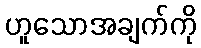
ဟူသောအချက်ကို